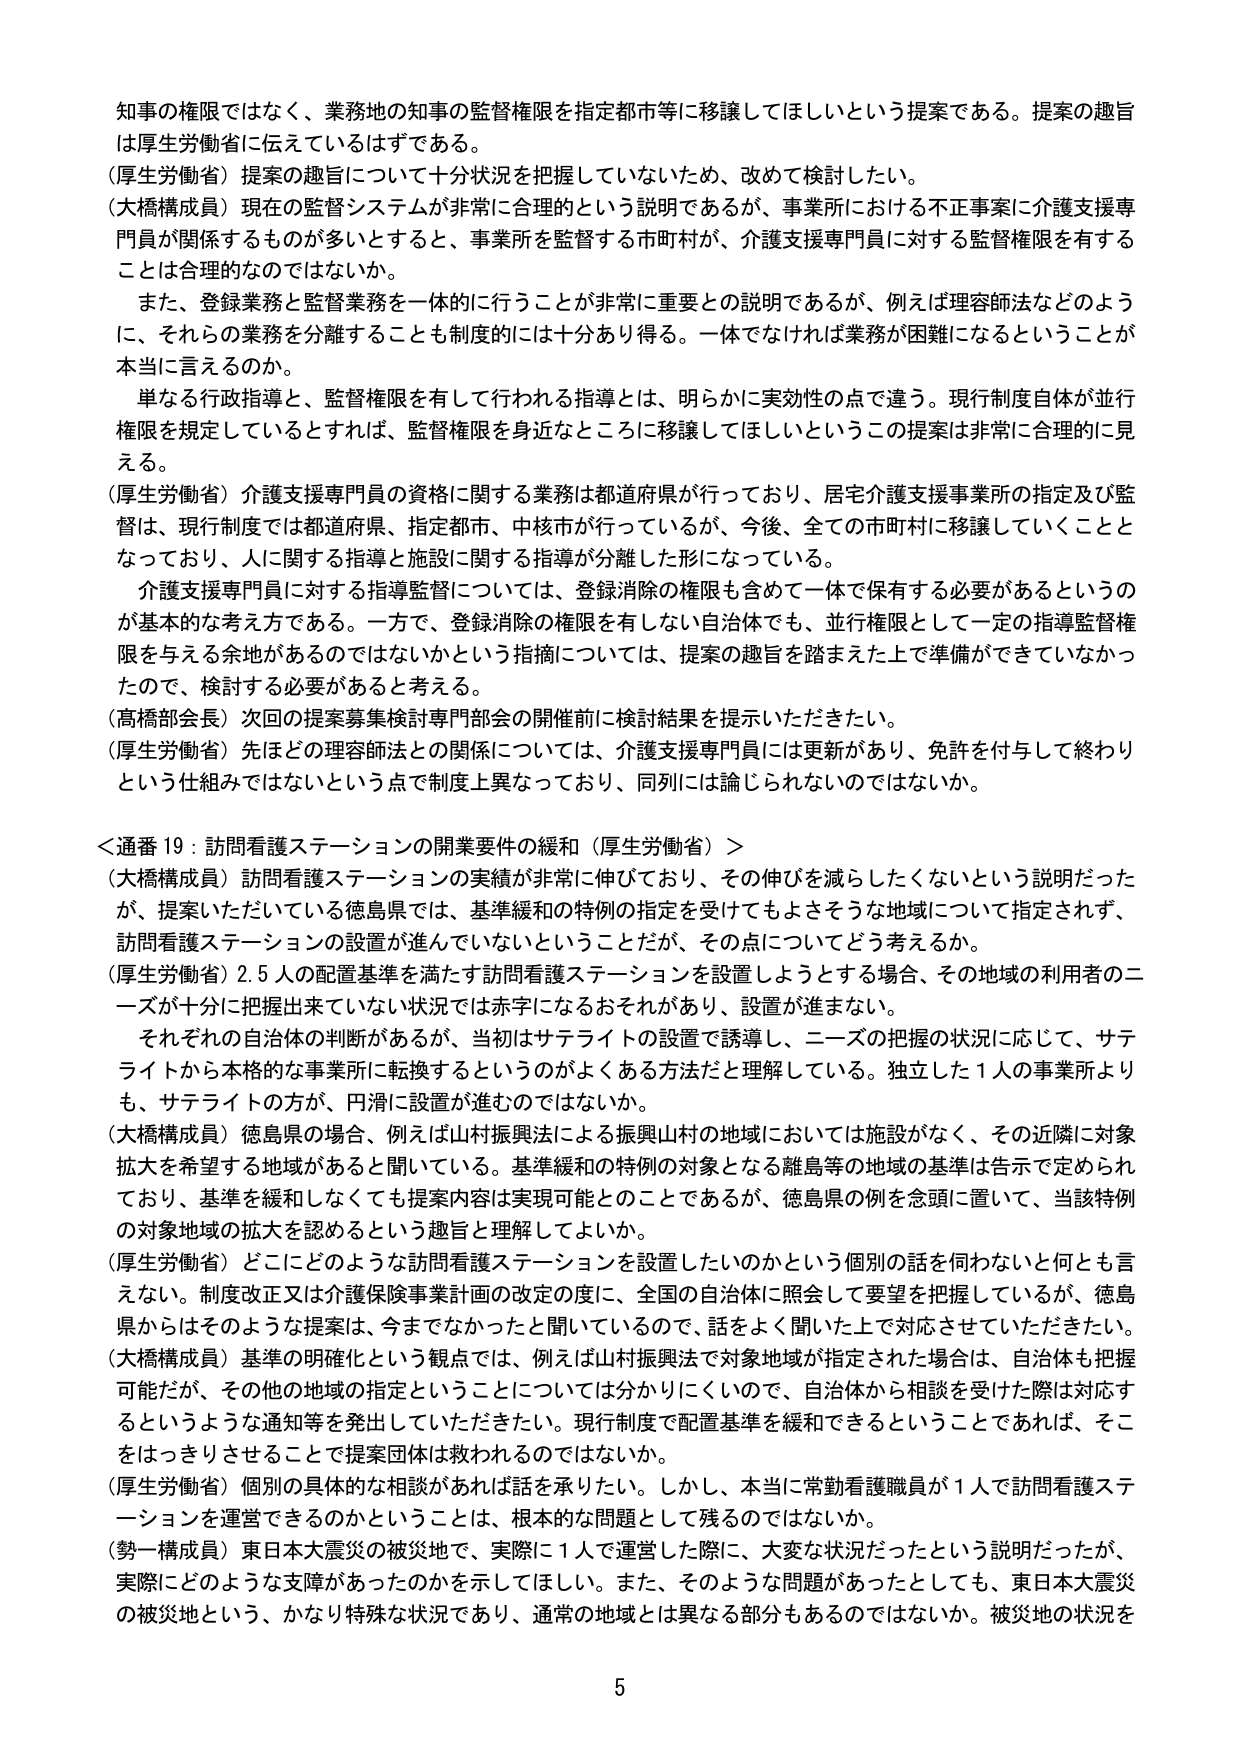
知事の権限ではなく、業務地の知事の監督権限を指定都市等に移譲してほしいという提案である。提案の趣旨は厚生労働省に伝えているはずである。

（厚生労働省）提案の趣旨について十分状況を把握していないため、改めて検討したい。

（大橋構成員）現在の監督システムが非常に合理的という説明であるが、事業所における不正事案に介護支援専門員が関係するものが多いとすると、事業所を監督する市町村が、介護支援専門員に対する監督権限を有することは合理的なのではないか。

　また、登録業務と監督業務を一体的に行うことが非常に重要との説明であるが、例えば理容師法などのように、それらの業務を分離することも制度的には十分あり得る。一体でなければ業務が困難になるということが本当に言えるのか。

　単なる行政指導と、監督権限を有して行われる指導とは、明らかに実効性の点で違う。現行制度自体が並行権限を規定しているとすれば、監督権限を身近なところに移譲してほしいというこの提案は非常に合理的に見える。

（厚生労働省）介護支援専門員の資格に関する業務は都道府県が行っており、居宅介護支援事業所の指定及び監督は、現行制度では都道府県、指定都市、中核市が行っているが、今後、全ての市町村に移譲していくこととなっており、人に関する指導と施設に関する指導が分離した形になっている。

　介護支援専門員に対する指導監督については、登録消除の権限も含めて一体で保有する必要があるというのが基本的な考え方である。一方で、登録消除の権限を有しない自治体でも、並行権限として一定の指導監督権限を与える余地があるのではないかという指摘については、提案の趣旨を踏まえた上で準備ができていなかったので、検討する必要があると考える。

（高橋部会長）次回の提案募集検討専門部会の開催前に検討結果を提示いただきたい。

（厚生労働省）先ほどの理容師法との関係については、介護支援専門員には更新があり、免許を付与して終わりという仕組みではないという点で制度上異なっており、同列には論じられないのではないか。

＜通番19：訪問看護ステーションの開業要件の緩和（厚生労働省）＞

（大橋構成員）訪問看護ステーションの実績が非常に伸びており、その伸びを減らしたくないという説明だったが、提案いただいている徳島県では、基準緩和の特例の指定を受けてもよさそうな地域について指定されず、訪問看護ステーションの設置が進んでいないということだが、その点についてどう考えるか。

（厚生労働省）2.5人の配置基準を満たす訪問看護ステーションを設置しようとする場合、その地域の利用者のニーズが十分に把握出来ていない状況では赤字になるおそれがあり、設置が進まない。

　それぞれの自治体の判断があるが、当初はサテライトの設置で誘導し、ニーズの把握の状況に応じて、サテライトから本格的な事業所に転換するというのがよくある方法だと理解している。独立した1人の事業所よりも、サテライトの方が、円滑に設置が進むのではないか。

（大橋構成員）徳島県の場合、例えば山村振興法による振興山村の地域においては施設がなく、その近隣に対象拡大を希望する地域があると聞いている。基準緩和の特例の対象となる離島等の地域の基準は告示で定められており、基準を緩和しなくても提案内容は実現可能とのことであるが、徳島県の例を念頭に置いて、当該特例の対象地域の拡大を認めるという趣旨と理解してよいか。

（厚生労働省）どこにどのような訪問看護ステーションを設置したいのかという個別の話を伺わないと何とも言えない。制度改正又は介護保険事業計画の改定の度に、全国の自治体に照会して要望を把握しているが、徳島県からはそのような提案は、今までなかったと聞いているので、話をよく聞いた上で対応させていただきたい。

（大橋構成員）基準の明確化という観点では、例えば山村振興法で対象地域が指定された場合は、自治体も把握可能だが、その他の地域の指定ということについては分かりにくいので、自治体から相談を受けた際は対応するというような通知等を発出していただきたい。現行制度で配置基準を緩和できるということであれば、そこをはっきりさせることで提案団体は救われるのではないか。

（厚生労働省）個別の具体的な相談があれば話を承りたい。しかし、本当に常勤看護職員が1人で訪問看護ステーションを運営できるのかということは、根本的な問題として残るのではないか。

（勢一構成員）東日本大震災の被災地で、実際に1人で運営した際に、大変な状況だったという説明だったが、実際にどのような支援があったのかを示してほしい。また、そのような問題があったとしても、東日本大震災の被災地という、かなり特殊な状況であり、通常の地域とは異なる部分もあるのではないか。被災地の状況を

5